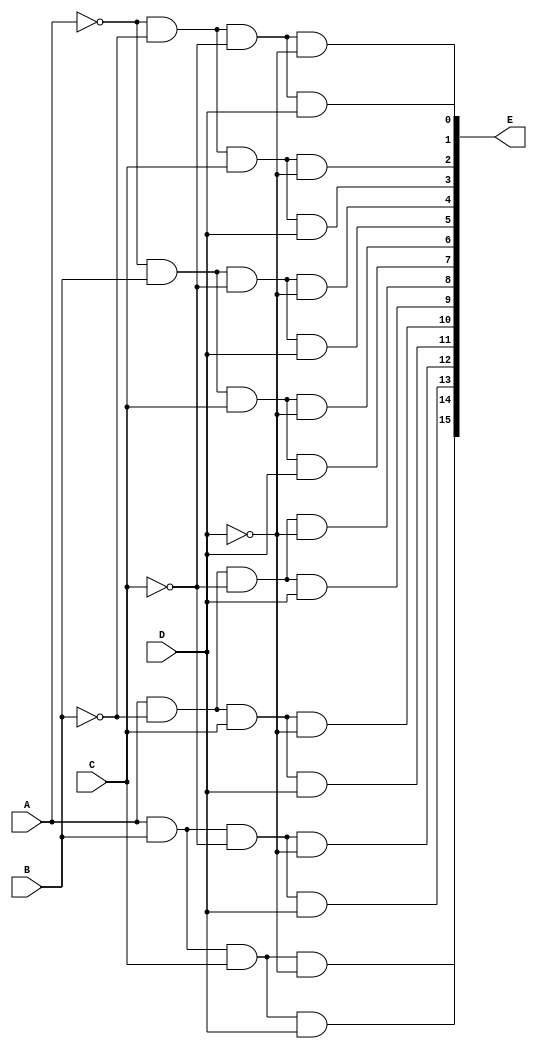
`timescale 1ns / 1ps
//////////////////////////////////////////////////////////////////////////////////
// Company: 
// Engineer: 
// 
// Design Name: 
// Module Name:    decoder 
// Project Name: 
// Target Devices: 
// Tool versions: 
// Description: 
//
// Dependencies: 
//
// Revision: 
// Revision 0.01 - File Created
// Additional Comments: 
//
//////////////////////////////////////////////////////////////////////////////////
module decoder(A,B,C,D,E);
input		A,B,C,D;
output	[15:0]E;
wire		Abar,Bbar,Cbar,Dbar;

	not	(Abar,A);
	not	(Bbar,B);
	not	(Cbar,C);
	not	(Dbar,D);
	
	and	(E[0],Abar,Bbar,Cbar,Dbar);
	and	(E[1],Abar,Bbar,Cbar,D);
	and	(E[2],Abar,Bbar,C,Dbar);
	and	(E[3],Abar,Bbar,C,D);
	and	(E[4],Abar,B,Cbar,Dbar);
	and	(E[5],Abar,B,Cbar,D);
	and	(E[6],Abar,B,C,Dbar);
	and	(E[7],Abar,B,C,D);	
	and	(E[8],A,Bbar,Cbar,Dbar);
	and	(E[9],A,Bbar,Cbar,D);
	and	(E[10],A,Bbar,C,Dbar);
	and	(E[11],A,Bbar,C,D);
	and	(E[12],A,B,Cbar,Dbar);
	and	(E[13],A,B,Cbar,D);
	and	(E[14],A,B,C,Dbar);
	and	(E[15],A,B,C,D);
	
endmodule